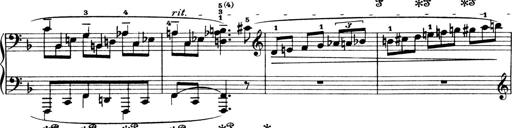
Title: 4 Sonatines
Composer: Max Reger